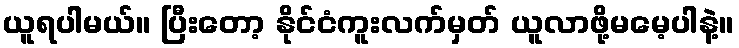
ယူရပါမယ်။ ပြီးတော့ နိုင်ငံကူးလက်မှတ် ယူလာဖို့မမေ့ပါနဲ့။